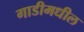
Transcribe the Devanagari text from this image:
गाडीमधील